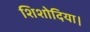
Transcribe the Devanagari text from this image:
शिशोदिया।